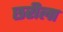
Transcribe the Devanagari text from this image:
छरीला